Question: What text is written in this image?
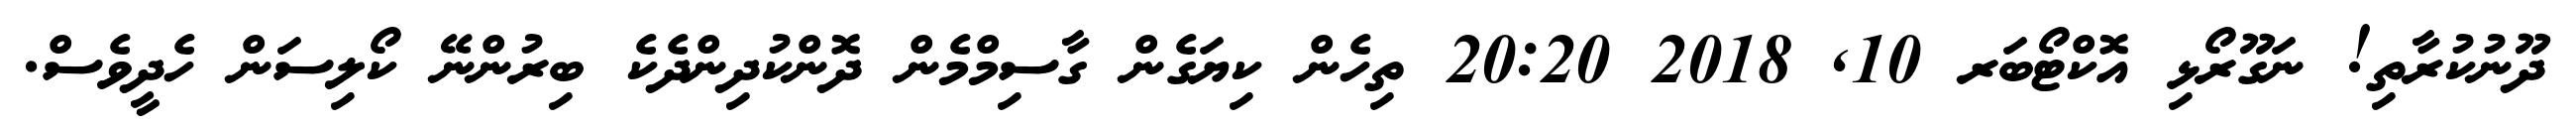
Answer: ދޫނުކުރާތި! ނަގޫރޯޅި އޮކްޓޯބަރ 10, 2018 20:20 ތިހެން ކިޔަގެން ގާސިމްމެން ދޮންކުދިންދެކެ ބިރުންނޭ ކޯލިސަން ހެދީވެސް.